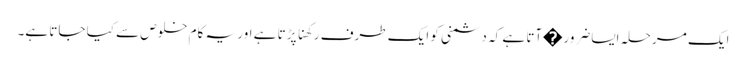
ایک مرحلہ ایساضرور�آتا ہے کہ دشمنی کو ایک طرف رکھنا پڑتا ہے اور یہ کام خلوص سے کیا جاتا ہے۔